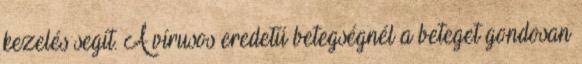
kezelés segít. A vírusos eredetű betegségnél a beteget gondosan